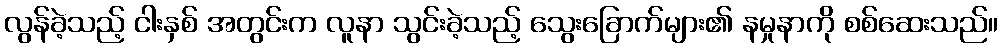
လွန်ခဲ့သည့် ငါးနှစ် အတွင်းက လူနာ သွင်းခဲ့သည့် သွေးခြောက်များ၏ နမှုနာကို စစ်ဆေးသည်။